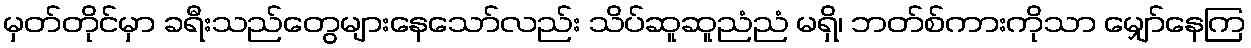
မှတ်တိုင်မှာ ခရီးသည်တွေများနေသော်လည်း သိပ်ဆူဆူညံညံ မရှိ၊ ဘတ်စ်ကားကိုသာ မျှော်နေကြ